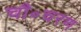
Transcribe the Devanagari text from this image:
चौ॰चरण